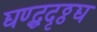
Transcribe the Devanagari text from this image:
द्यण्द्धदृठ्ठद्य